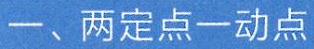
一、两定点一动点